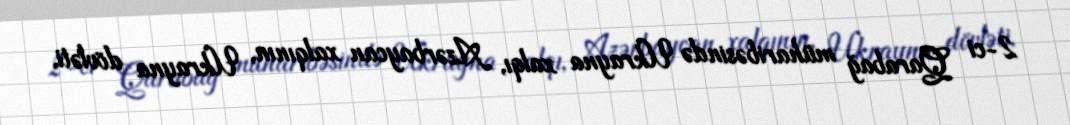
2-ci Qarabağ müharibəsində Ukrayna xalqı, Azərbaycan xalqının, Ukrayna dövləti,